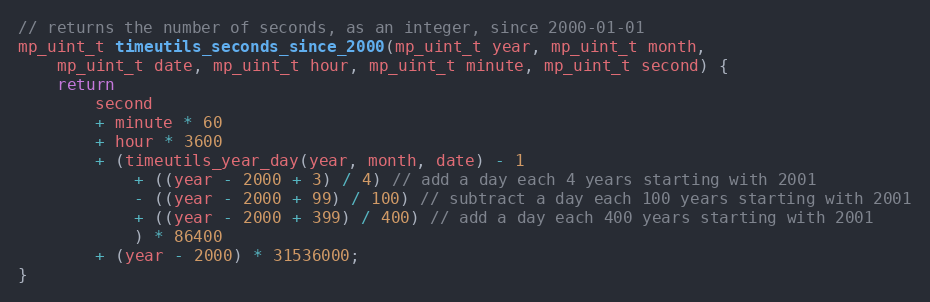
Language: C
// returns the number of seconds, as an integer, since 2000-01-01
mp_uint_t timeutils_seconds_since_2000(mp_uint_t year, mp_uint_t month,
    mp_uint_t date, mp_uint_t hour, mp_uint_t minute, mp_uint_t second) {
    return
        second
        + minute * 60
        + hour * 3600
        + (timeutils_year_day(year, month, date) - 1
            + ((year - 2000 + 3) / 4) // add a day each 4 years starting with 2001
            - ((year - 2000 + 99) / 100) // subtract a day each 100 years starting with 2001
            + ((year - 2000 + 399) / 400) // add a day each 400 years starting with 2001
            ) * 86400
        + (year - 2000) * 31536000;
}